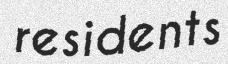
residents